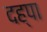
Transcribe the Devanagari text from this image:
दह्पा